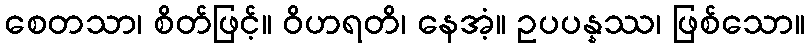
စေတသာ၊ စိတ်ဖြင့်။ ဝိဟရတိ၊ နေအံ့။ ဥပပန္နဿ၊ ဖြစ်သော။